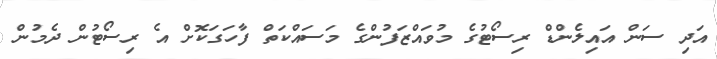
އަދި ސަން އައިލެންޑް ރިސޯޓުގެ މުވައްޒަފުންގެ މަސައްކަތް ފާހަގަކޮށް އެ ރިސޯޓުން ދެމުން